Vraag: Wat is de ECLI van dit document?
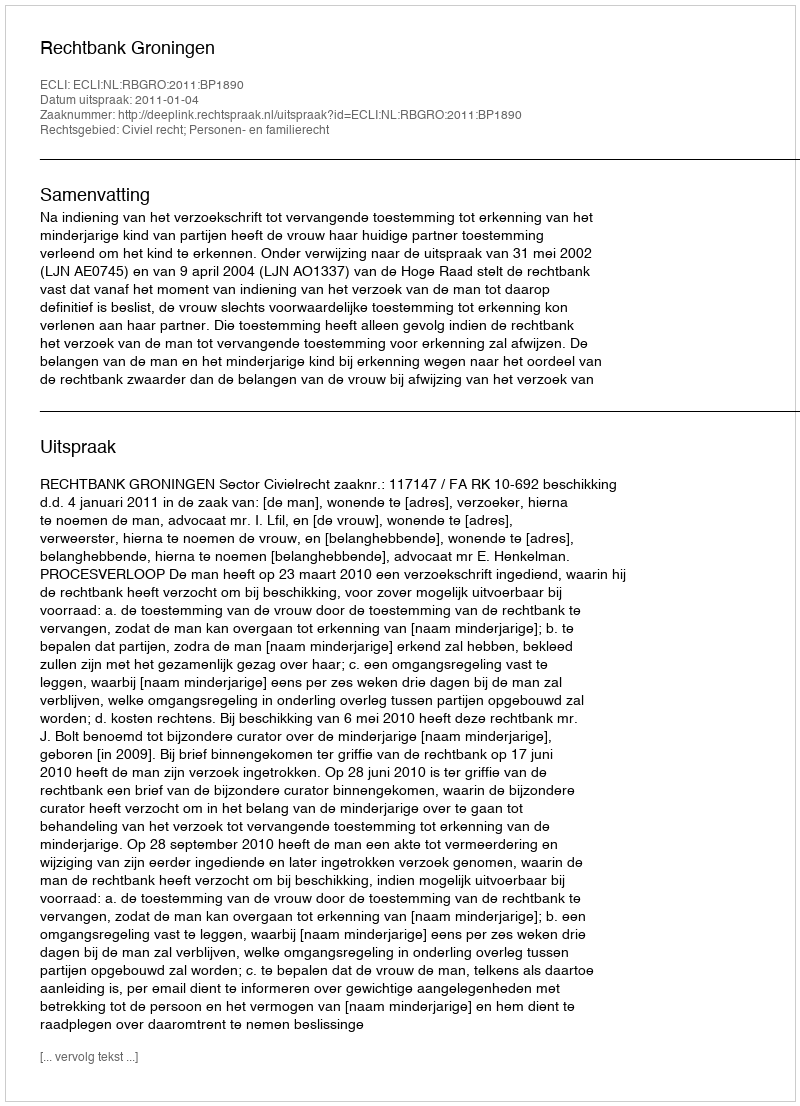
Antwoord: ECLI:NL:RBGRO:2011:BP1890